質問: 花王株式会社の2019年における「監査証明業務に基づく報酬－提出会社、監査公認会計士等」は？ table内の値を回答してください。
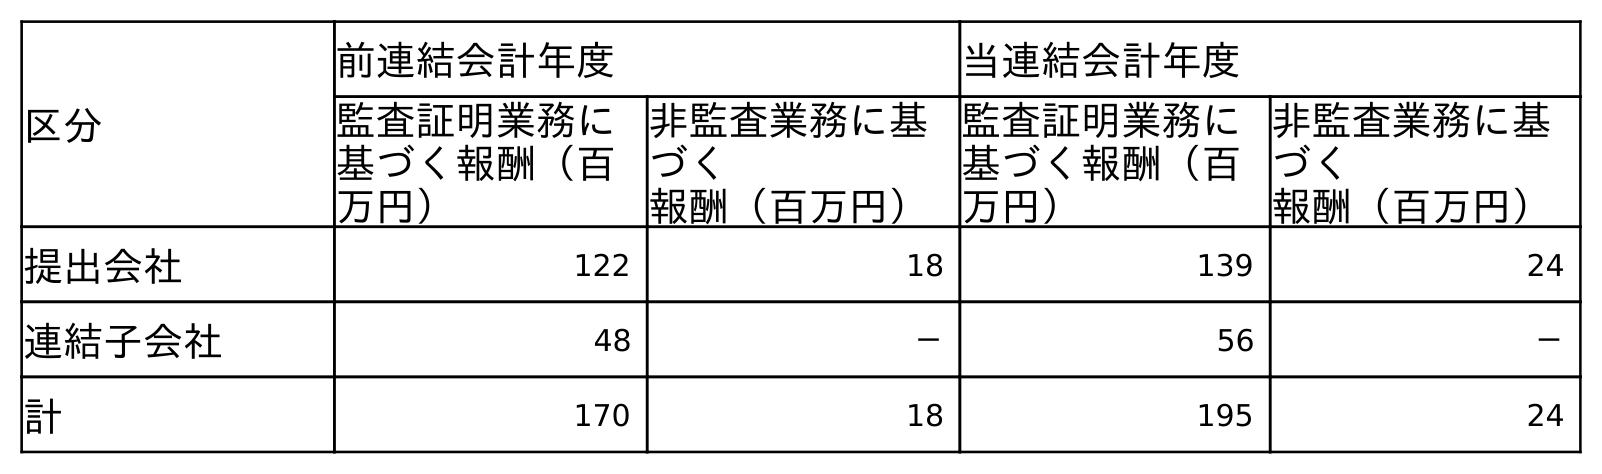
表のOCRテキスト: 区分 前連結会計年度 当連結会計年度 監査証明業務に 基づく報酬（百 万円） 非監査業務に基 づく 報酬（百万円） 監査証明業務に 基づく報酬（百 万円） 非監査業務に基 づく 報酬（百万円） 提出会社 122 18 139 24 連結子会社 48 － 56 － 計 170 18 195 24
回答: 122